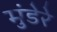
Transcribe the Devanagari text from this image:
मुंडेरे